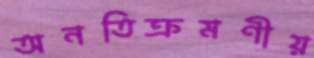
অনতিক্রমণীয়